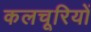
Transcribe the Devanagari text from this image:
कलचूरियों